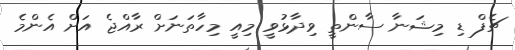
ޗެފް ޑި މިޝަނާ ސާންތީ ވިދާޅުވީ މިއީ މިހާތަނަށް ރާއްޖެ އަށް އެންމެ